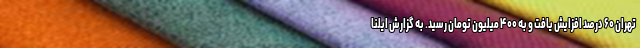
تهران ۶۰ درصد افزایش یافت و به ۴۰۰ میلیون تومان رسید. به گزارش ایلنا